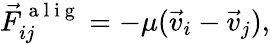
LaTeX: \vec{F}_{ij}^{\mathrm{~a~l~i~g~}}=-\mu(\vec{v}_{i}-\vec{v}_{j}),